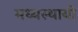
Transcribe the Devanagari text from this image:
मध्यस्थायी